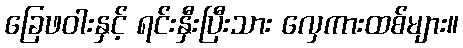
ခြေဖဝါးနှင့် ရင်းနှီးပြီးသား လှေကားထစ်များ။